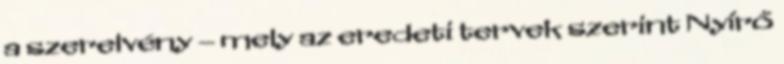
a szerelvény – mely az eredeti tervek szerint Nyírő